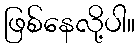
ဖြစ်နေလို့ပါ။